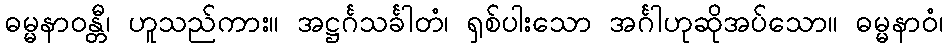
ဓမ္မနာဝန္တီ၊ ဟူသည်ကား။ အဋ္ဌင်္ဂသင်္ခါတံ၊ ရှစ်ပါးသော အင်္ဂါဟုဆိုအပ်သော။ ဓမ္မနာဝံ၊